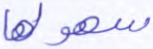
سهولها